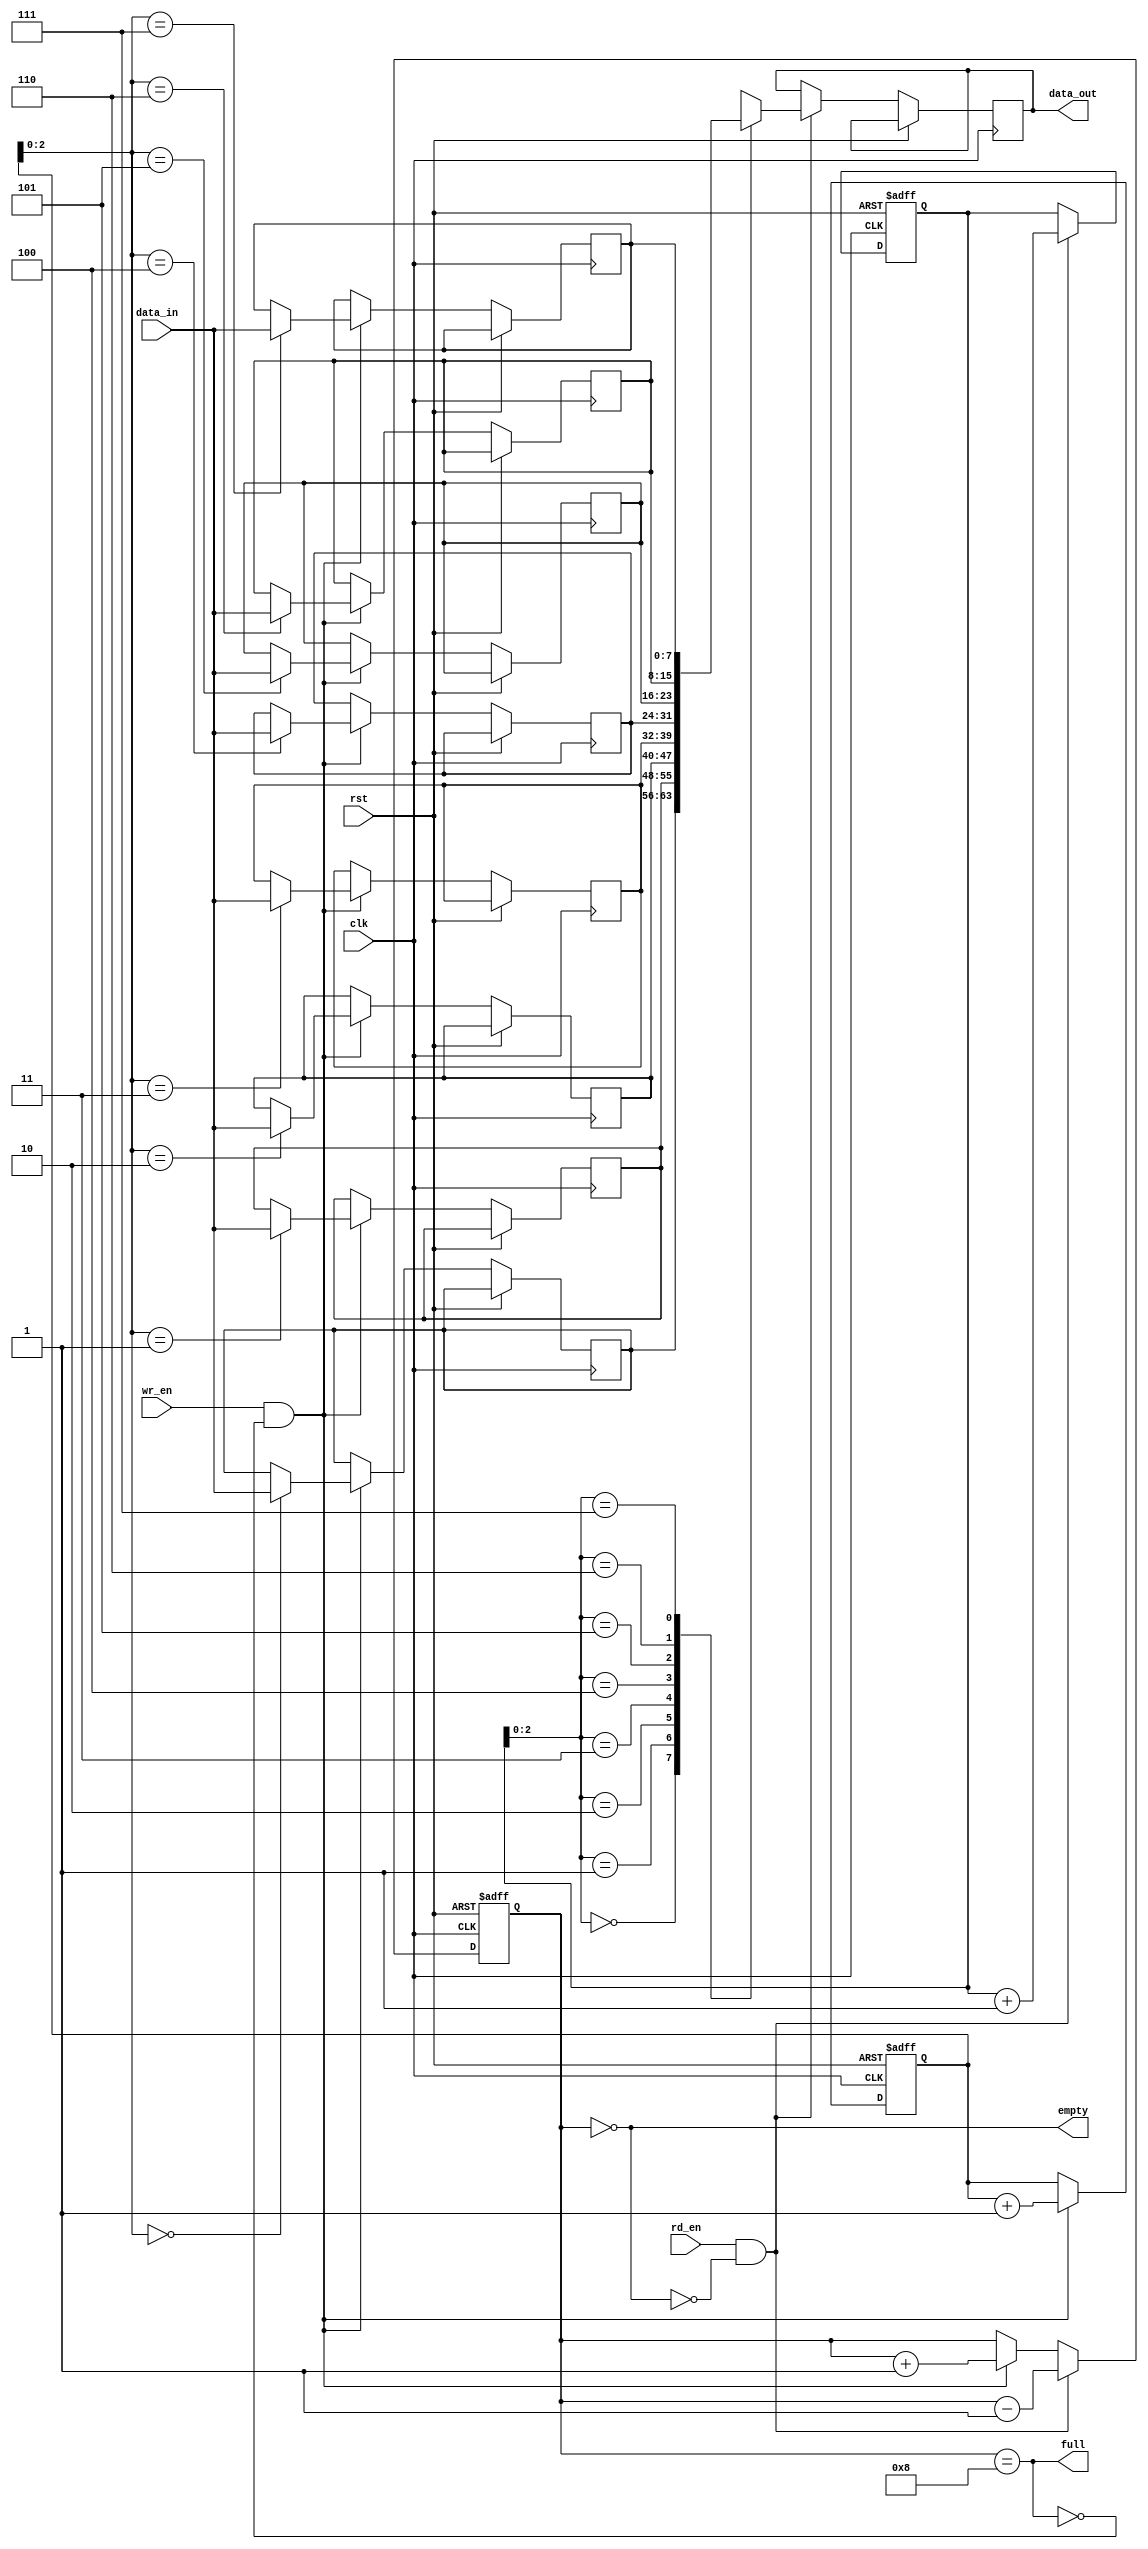
module fifo_buffer (
  input wire clk,
  input wire rst,
  input wire wr_en,
  input wire rd_en,
  input wire [DATA_WIDTH-1:0] data_in,
  output reg [DATA_WIDTH-1:0] data_out,
  output wire empty,
  output wire full
);

parameter DEPTH = 8;
parameter DATA_WIDTH = 8;

reg [DATA_WIDTH-1:0] buffer [0:DEPTH-1];
reg [DEPTH-1:0] head = 0;
reg [DEPTH-1:0] tail = 0;
reg [DEPTH-1:0] count = 0;

assign empty = (count == 0);
assign full = (count == DEPTH);

always @(posedge clk or posedge rst) begin
  if (rst) begin
    head <= 0;
    tail <= 0;
    count <= 0;
  end else begin
    if (wr_en && !full) begin
      buffer[tail] <= data_in;
      tail <= tail + 1;
      count <= count + 1;
    end
    if (rd_en && !empty) begin
      data_out <= buffer[head];
      head <= head + 1;
      count <= count - 1;
    end
  end
end

endmodule